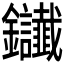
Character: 𨰸